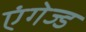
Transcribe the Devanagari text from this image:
एंगेज्ड